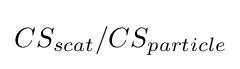
CS_{scat}/CS_{particle}